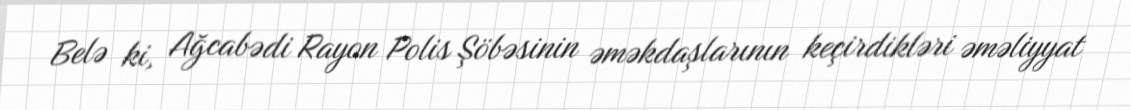
Belə ki, Ağcabədi Rayon Polis Şöbəsinin əməkdaşlarının keçirdikləri əməliyyat